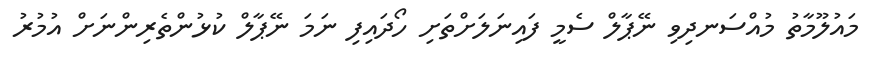
މައުލޫމާތު މުއްސަނދިވި ނޭޕާލް ސެމީ ފައިނަލަށްތަށި ހޯދައިފި ނަމަ ނޭޕާލް ކުޅުންތެރިންނަށް އުމުރު